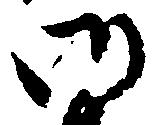
御